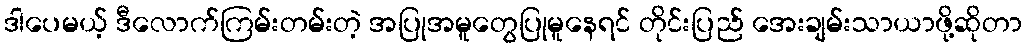
ဒါပေမယ့် ဒီလောက်ကြမ်းတမ်းတဲ့ အပြုအမူတွေပြုမူနေရင် တိုင်းပြည် အေးချမ်းသာယာဖို့ဆိုတာ